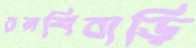
রনশিবাড়ি